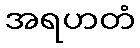
အရဟတံ